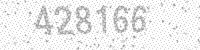
Solution: 428166